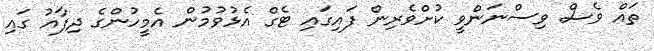
ތައް ވެސް ވިސްނަންވީ ކުށްވެރިން ފައިގައި ޓެގް އެޅުވުމުން އެމީހުންގެ ދިފާއު ގައި